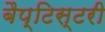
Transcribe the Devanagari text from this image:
बैप्टिस्टरी